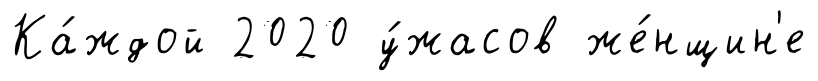
Ка́ждой 2020 у́жасов же́нщин'е